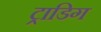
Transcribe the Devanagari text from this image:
ट्राडिग